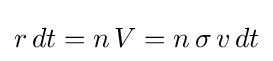
r\,dt=n\,V=n\,\sigma \,v\,dt